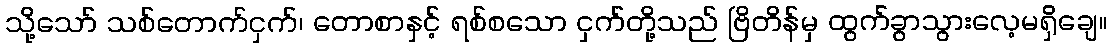
သို့သော် သစ်တောက်ငှက်၊ တောစာနှင့် ရစ်စသော ငှက်တို့သည် ဗြိတိန်မှ ထွက်ခွာသွားလေ့မရှိချေ။